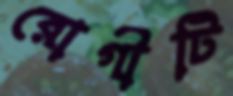
রোগীটি